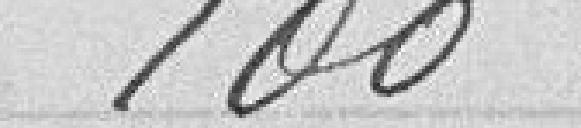
100